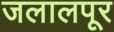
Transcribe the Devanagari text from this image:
जलालपूर